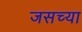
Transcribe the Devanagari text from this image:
जसच्या